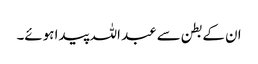
ان کے بطن سے عبد اللہ پیدا ہوئے۔